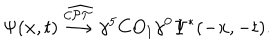
\Psi ( { \bf x } , t ) \stackrel { \widehat { \cal C P T } } \longrightarrow \gamma ^ { 5 } C O _ { 1 } \gamma ^ { 0 } \Psi ^ { * } ( - { \bf x } , - t ) .